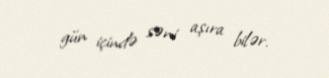
gün içində səni aşıra bilər.